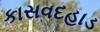
કાસવદહાડ